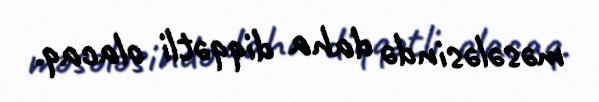
məsələsində daha diqqətli olacaq.